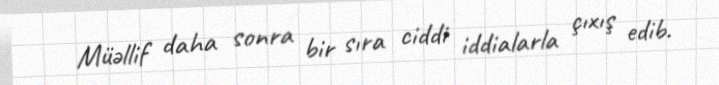
Müəllif daha sonra bir sıra ciddi iddialarla çıxış edib.